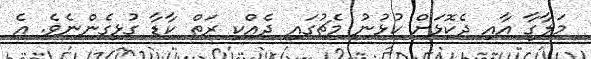
މަލާގާ އާއި ދެކޮޅަށް ކުޅުނު މެޗުގައި ދެއްކި ރަތް ކާޑާ ގުޅިގެންނެވެ. އެ